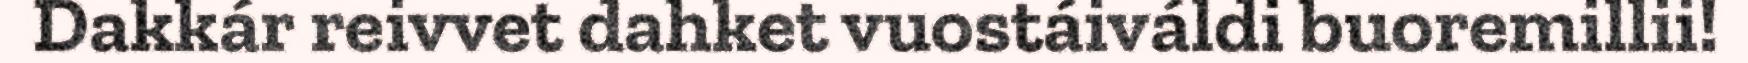
Dakkár reivvet dahket vuostáiváldi buoremillii!